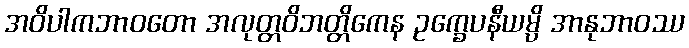
အဝိပါကဘာဝတော အလုတ္တဝိဘတ္တိကေန ဥက္ခေပနီယမ္ပိ အာနုဘာဝဿ